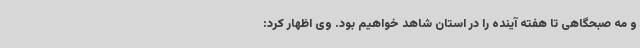
و مه صبحگاهی تا هفته آینده را در استان شاهد خواهیم بود. وی اظهار کرد: